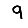
Digit: 9